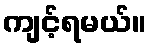
ကျင့်ရမယ်။